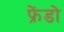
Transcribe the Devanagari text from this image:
फ्रेंडो